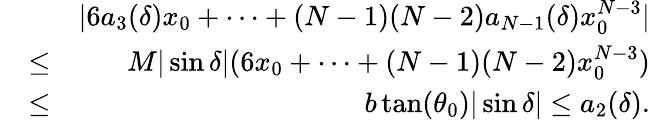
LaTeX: \begin{array}{rlr}&{}&{|6a_{3}(\delta)x_{0}+\cdots+(N-1)(N-2)a_{N-1}(\delta)x_{0}^{N-3}|}\\ &{\leq}&{M|\sin\delta|(6x_{0}+\cdots+(N-1)(N-2)x_{0}^{N-3})}\\ &{\leq}&{b\tan(\theta_{0})|\sin\delta|\leq a_{2}(\delta).}\end{array}